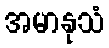
အမာနုသံ